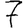
Digit: 7